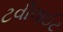
ટવીલાઈટ